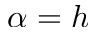
\alpha = h